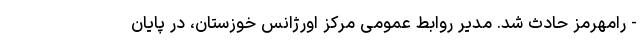
- رامهرمز حادث شد. مدیر روابط عمومی مرکز اورژانس خوزستان، در پایان